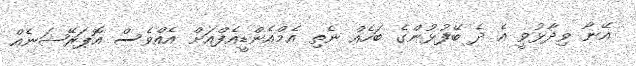
އޭނާ ވިދާޅުވީ އެ ދެ ބޭފުޅުންގެ ބަހެއް ނެތި އެމްއެންޑީއެފްއަށް އެއްވެސް އޮޕަރޭޝަނެއް